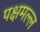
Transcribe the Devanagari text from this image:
पक्षमल्ल